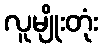
လူမျိုးတုံး